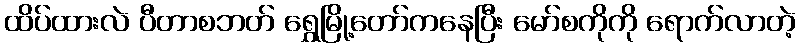
ထိပ်ထားလဲ ပီတာစဘတ် ရွှေမြို့တော်ကနေပြီး မော်စကိုကို ရောက်လာတဲ့